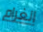
الغرام